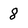
Character: 8